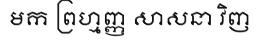
មក ព្រហ្មញ្ញ សាសនា វិញ